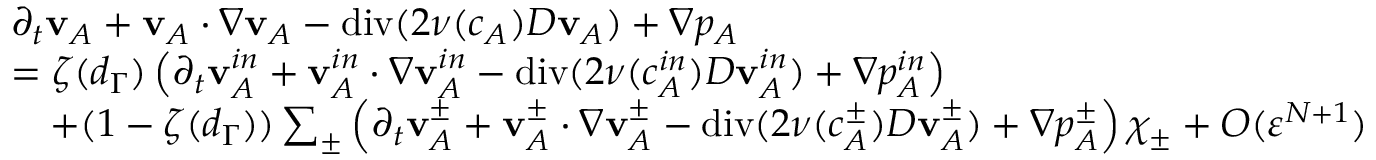
\begin{array} { r l } & { \partial _ { t } \mathbf { v } _ { A } + \mathbf { v } _ { A } \cdot \nabla \mathbf { v } _ { A } - \operatorname { d i v } ( 2 \nu ( c _ { A } ) D \mathbf { v } _ { A } ) + \nabla p _ { A } } \\ & { = \zeta ( d _ { \Gamma } ) \left( \partial _ { t } \mathbf { v } _ { A } ^ { i n } + \mathbf { v } _ { A } ^ { i n } \cdot \nabla \mathbf { v } _ { A } ^ { i n } - \operatorname { d i v } ( 2 \nu ( c _ { A } ^ { i n } ) D \mathbf { v } _ { A } ^ { i n } ) + \nabla p _ { A } ^ { i n } \right) } \\ & { \quad + ( 1 - \zeta ( d _ { \Gamma } ) ) \sum _ { \pm } \left( \partial _ { t } \mathbf { v } _ { A } ^ { \pm } + \mathbf { v } _ { A } ^ { \pm } \cdot \nabla \mathbf { v } _ { A } ^ { \pm } - \operatorname { d i v } ( 2 \nu ( c _ { A } ^ { \pm } ) D \mathbf { v } _ { A } ^ { \pm } ) + \nabla p _ { A } ^ { \pm } \right) \chi _ { \pm } + O ( \ensuremath { \varepsilon } ^ { N + 1 } ) } \end{array}